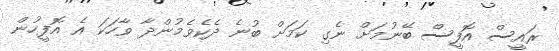
ރައީސް އޮފީސް ބޭނުމަށް ނެގި ކަމަށް ބުނެ ދެކެވެމުންދާ ވާހަކަ އެ އޮފީހުން